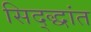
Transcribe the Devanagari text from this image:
सिद्द्धांत